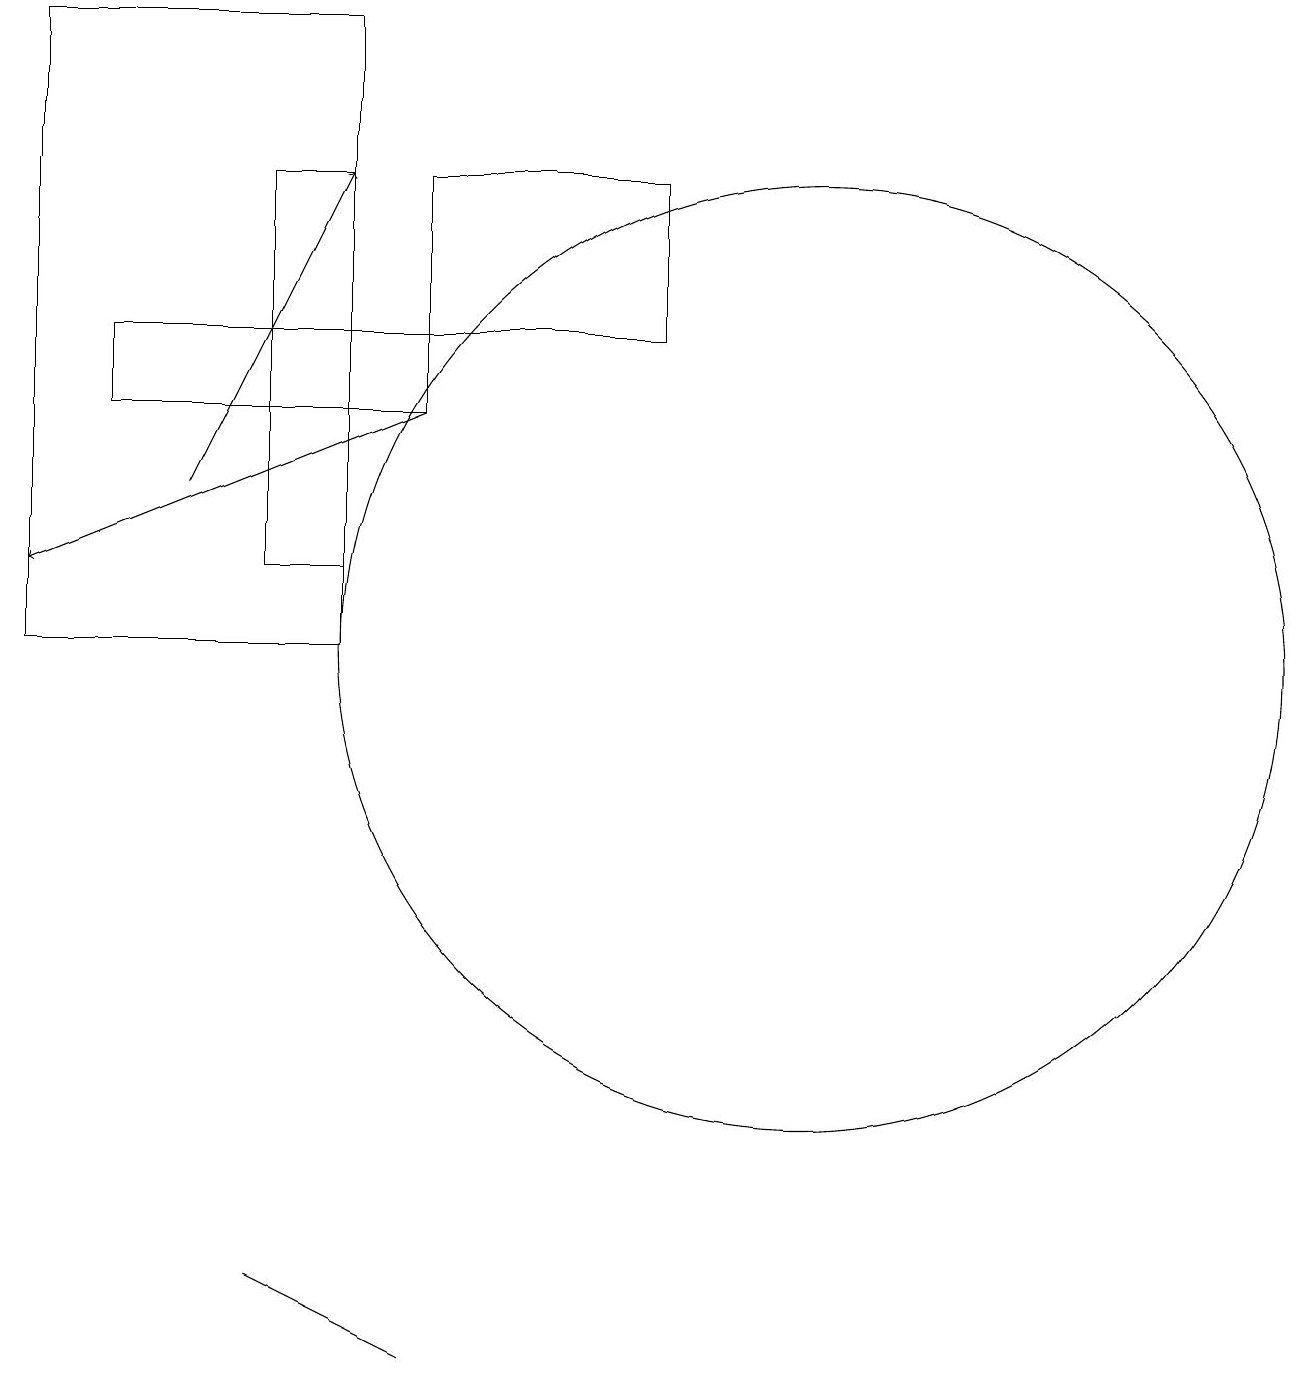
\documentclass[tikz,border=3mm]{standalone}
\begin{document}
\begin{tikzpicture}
\draw (10,10) circle (6);
\draw[->] (5,13) -- (0,11);
\draw (3,2) -- (5,1) -- (3,2) -- cycle;
\draw (4,11) rectangle (3,16);
\draw (8,14) rectangle (5,16);
\draw (0,10) rectangle (4,18);
\draw (5,13) rectangle (1,14);
\draw[->] (2,12) -- (4,16);
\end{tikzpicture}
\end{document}